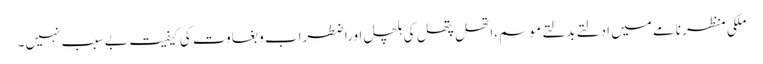
ملکی منظر نامے میں ادلتے بدلتے موسم،اتھل پتھل کی ہلچل اوراضطراب و بغاوت کی کیفیت بے سبب نہیں۔